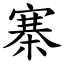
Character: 寨